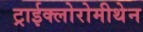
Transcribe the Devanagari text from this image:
ट्राईक्लोरोमीथेन